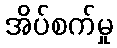
အိပ်စက်မှု